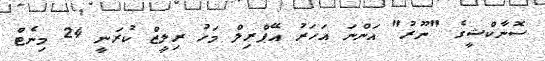
ސޮނާކްޝީގެ "ނޫރު" އަންނަ އަހަރު އޭޕްރިލް މަހު ރިލީޒް ކުރަނީ 24 މިނެޓް